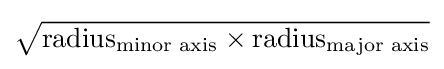
{\sqrt {{\text{radius}}_{\text{minor axis}}\times {\text{radius}}_{\text{major axis}}}}